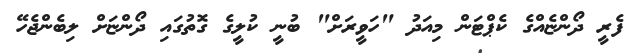
ފެރީ ދޯންޏެއްގެ ކެޕްޓަން މިއަދު "ހަވީރަށް" ބުނީ ކުލީގެ ގޮތުގައި ދޯންޏަށް ލިބެންޖެހޭ